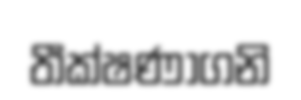
තීක්ෂණාගනි